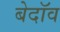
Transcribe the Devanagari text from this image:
बेदॉव